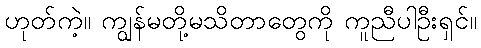
ဟုတ်ကဲ့။ ကျွန်မတို့မသိတာတွေကို ကူညီပါဦးရှင်။